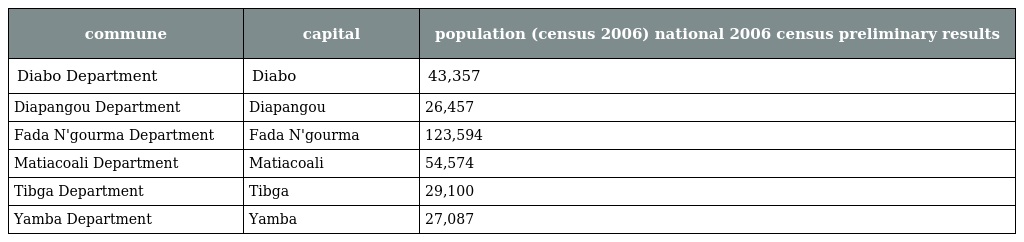
| commune | capital | population (census 2006) national 2006 census preliminary results |
 | --- | --- | --- |
 | Diabo Department | Diabo | 43,357 |
 | Diapangou Department | Diapangou | 26,457 |
 | Fada N'gourma Department | Fada N'gourma | 123,594 |
 | Matiacoali Department | Matiacoali | 54,574 |
 | Tibga Department | Tibga | 29,100 |
 | Yamba Department | Yamba | 27,087 |